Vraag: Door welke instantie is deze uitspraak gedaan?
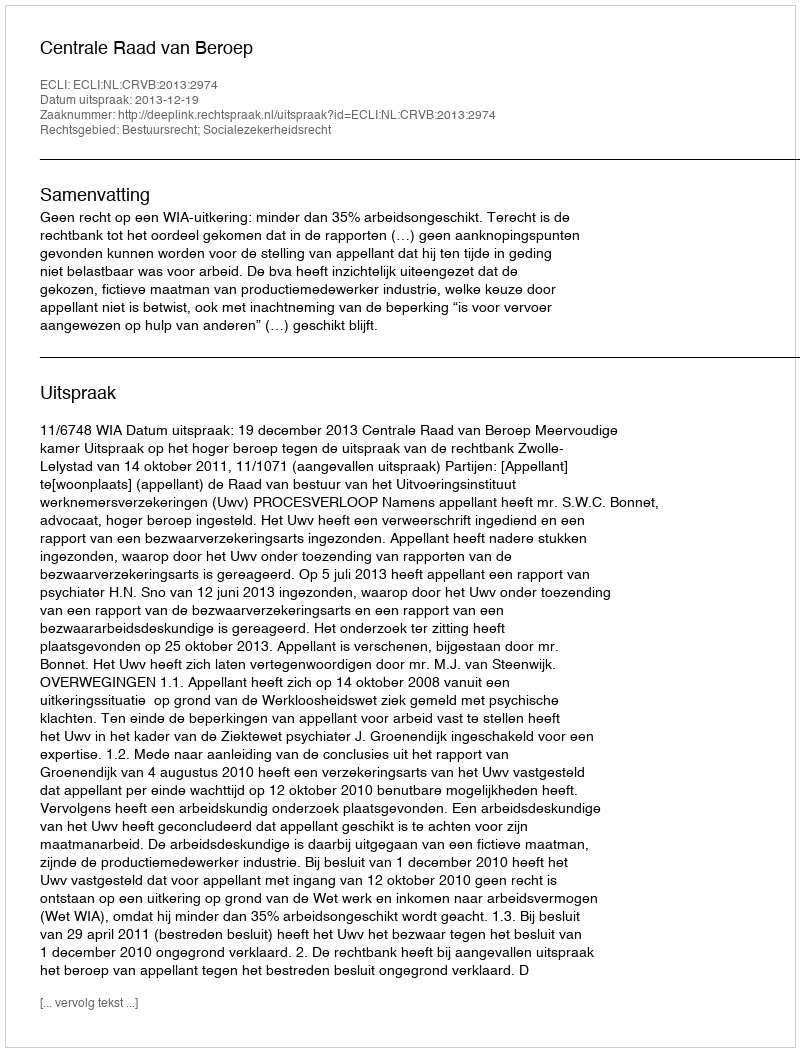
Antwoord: Centrale Raad van Beroep